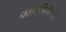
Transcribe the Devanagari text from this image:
नवनिर्मितीमध्‍ये